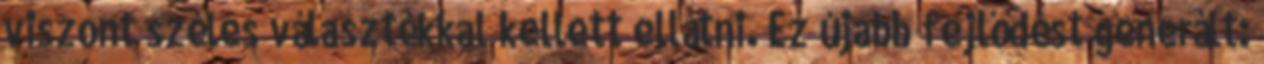
viszont széles választékkal kellett ellátni. Ez újabb fejlődést generált: